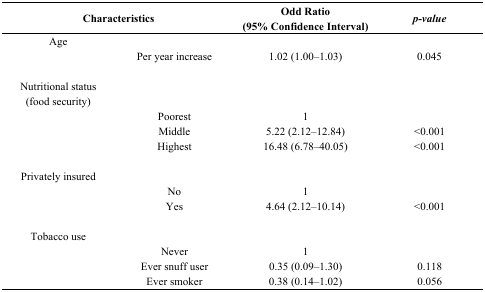
| <COLSPAN=2> Characteristics | Odd Ratio (95% Confidence Interval) | p-value |
 | --- | --- | --- | --- |
 | Age |  |  |  |
 |  | Per year increase | 1.02 (1.00–1.03) | 0.045 |
 | Nutritional status (food security) |  |  |  |
 |  | Poorest | 1 |  |
 |  | Middle | 5.22 (2.12–12.84) | <0.001 |
 |  | Highest | 16.48 (6.78–40.05) | <0.001 |
 | Privately insured |  |  |  |
 |  | No | 1 |  |
 |  | Yes | 4.64 (2.12–10.14) | <0.001 |
 | Tobacco use |  |  |  |
 |  | Never | 1 |  |
 |  | Ever snuff user | 0.35 (0.09–1.30) | 0.118 |
 |  | Ever smoker | 0.38 (0.14–1.02) | 0.056 |